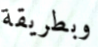
وبطريقة